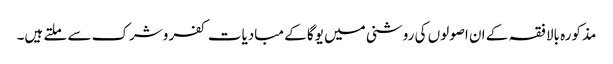
مذکورہ بالا فقہ کے ان اصولوں کی روشنی میں یوگا کے مبادیات کفر وشرک سے ملتے ہیں۔